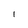
Character: 1